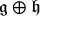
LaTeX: { \mathfrak { g } } \oplus { \mathfrak { h } }